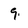
Character: 9